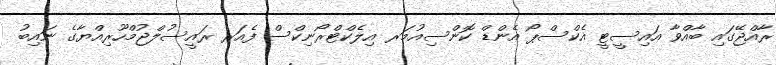
ރާއްޖޭގައި ބާއްވާ އައިސީޓީ އެކްސްޕޯ އެންޑް ކޮންސިއުމަރ އިލެކްޓްރޯނިކްސް ފެއަރ ރައީސުލްޖުމްހޫރިއްޔާގެ ނައިބު